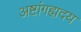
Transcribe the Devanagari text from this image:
अष्टांगह्मदय